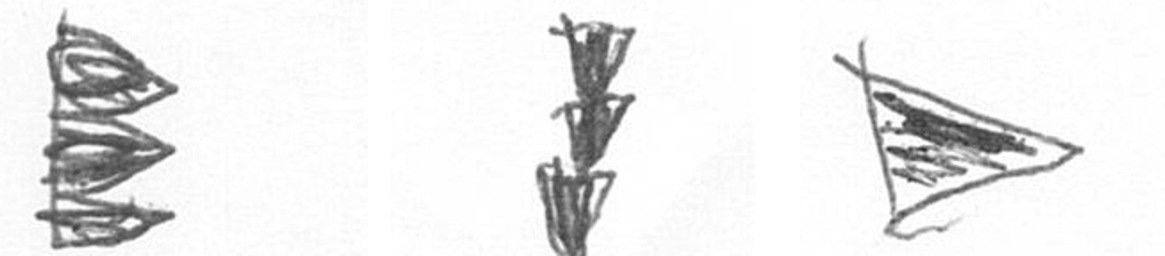
H E T